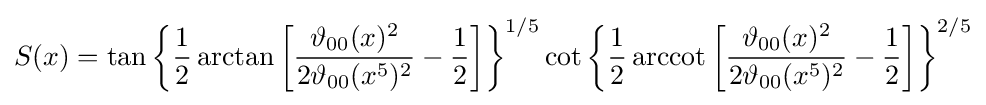
S(x)=\tan {\biggl \{}{\frac {1}{2}}\arctan {\biggl [}{\frac {\vartheta _{00}(x)^{2}}{2\vartheta _{00}(x^{5})^{2}}}-{\frac {1}{2}}{\biggr ]}{\biggr \}}^{1/5}\cot {\biggl \{}{\frac {1}{2}}\operatorname {arccot} {\biggl [}{\frac {\vartheta _{00}(x)^{2}}{2\vartheta _{00}(x^{5})^{2}}}-{\frac {1}{2}}{\biggr ]}{\biggr \}}^{2/5}